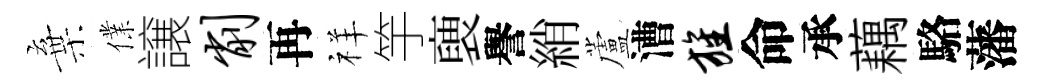
棄㒒譲削再祥竽褏譽綃蘆漕旌命承藕駱藩